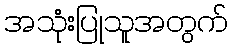
အသုံးပြုသူအတွက်